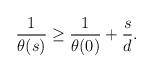
LaTeX: \begin{align*}{1\over\theta(s)} \geq {1\over\theta(0)} + {s\over d}.\end{align*}